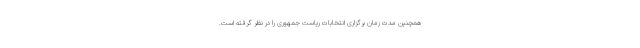
همچنین مدت زمان برگزاری انتخابات ریاست جمهوری را در نظر گرفته است.